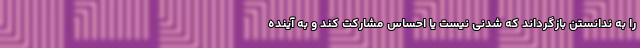
را به ندانستن بازگرداند که شدنی نیست یا احساس مشارکت کند و به آینده